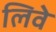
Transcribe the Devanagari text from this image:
लिवे